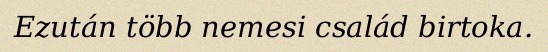
Ezután több nemesi család birtoka.